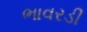
ભાવરડી